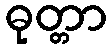
ဓုတ္တာ